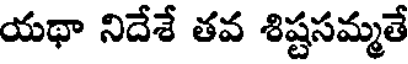
యథా నిదేశే తవ శిష్టసమ్మతే